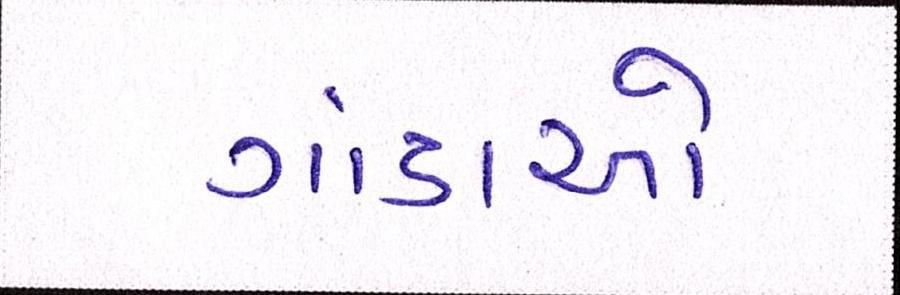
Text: ગાંડાઓ